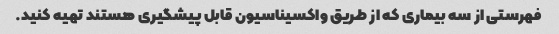
فهرستی از سه بیماری که از طریق واکسیناسیون قابل پیشگیری هستند تهیه کنید.